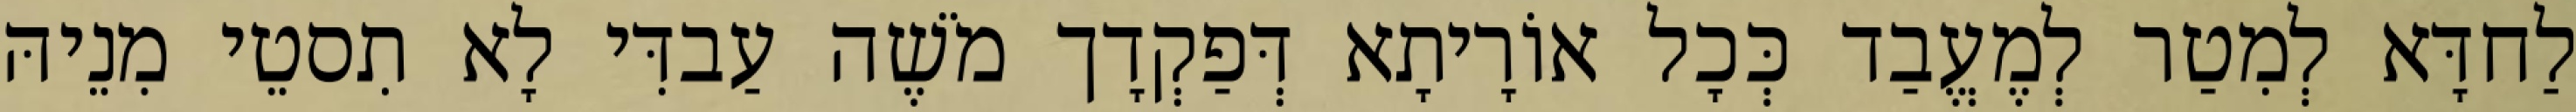
לַחדָּא לְמִטַר לְמֶעֱבַד כְּכָל אוֹרָיתָא דְּפַקְדָך מֹשֶׁה עַבדִּי לָא תִסטֵי מִנֵיהּ